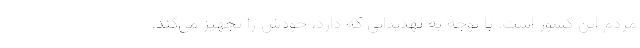
مردم این کشور است. با توجه به تهدیداتی که دارد، خودش را تجهیز می‌کند.